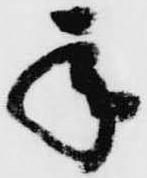
承